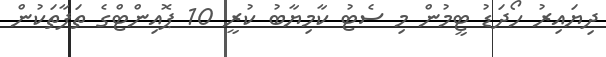
ދިޔައިރު ހޯދަޑު ޓީމުން މި ސެޓު ކާމިޔާބު ކުރީ 10 ޕޮއިންޓްގެ ތަފާތަކުން